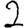
Digit: 2